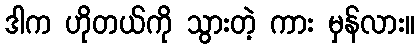
ဒါက ဟိုတယ်ကို သွားတဲ့ ကား မှန်လား။